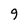
Character: 9